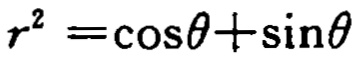
\(r^{2}=\cos\theta+\sin\theta\)